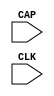
module CAPTURE_VIRTEX6 (
  CAP,
  CLK
);
  parameter ONESHOT = "TRUE";


  input CAP;
  input CLK;

endmodule